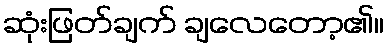
ဆုံးဖြတ်ချက် ချလေတော့၏။